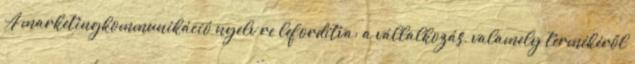
A marketingkommunikáció nyelv re lefordítva: a vállalkozás, valamely termékéről